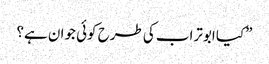
”کیا ابوتراب کی طرح کوئی جوان ہے؟